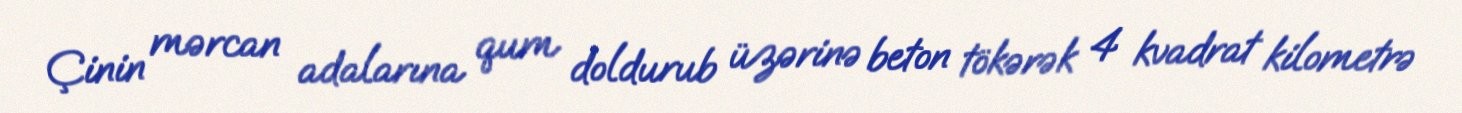
Çinin mərcan adalarına qum doldurub üzərinə beton tökərək 4 kvadrat kilometrə